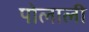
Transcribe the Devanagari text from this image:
पोलाली